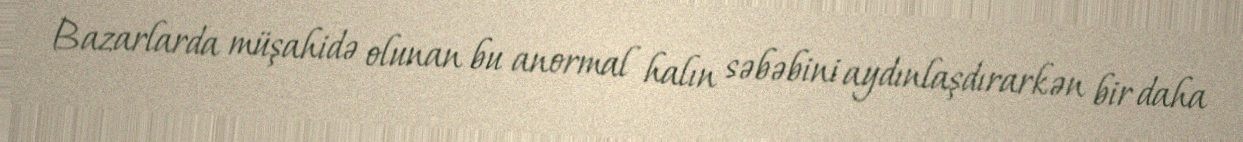
Bazarlarda müşahidə olunan bu anormal halın səbəbini aydınlaşdırarkən bir daha